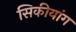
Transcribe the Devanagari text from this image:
सिकीयांग